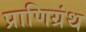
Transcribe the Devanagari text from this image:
प्राणिग्रंथ